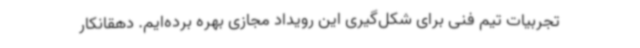
تجربیات تیم فنی برای شکل‌گیری این رویداد مجازی بهره برده‌ایم. دهقانکار